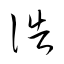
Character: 誥